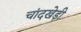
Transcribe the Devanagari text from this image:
चांदखेड़ी